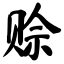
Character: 赊